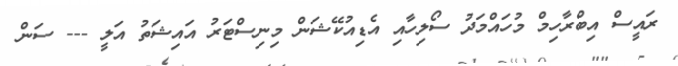
ރައީސް އިބްރާހިމް މުހައްމަދު ސޯލިހާއި އެޑިއުކޭޝަން މިނިސްޓަރު އައިޝަތު އަލީ --- ސަން